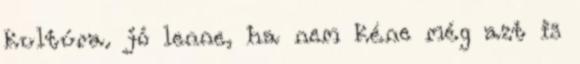
kultúra. jó lenne, ha nem kéne még azt is